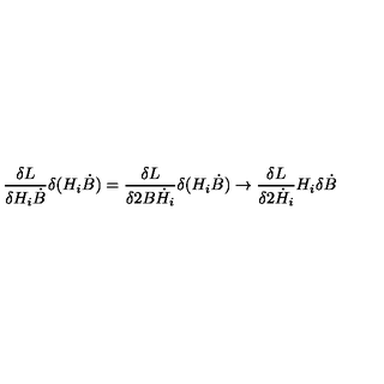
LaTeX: { \frac { \delta L } { \delta H _ { i } \dot { B } } } \delta ( H _ { i } \dot { B } ) = { \frac { \delta L } { \delta 2 B \dot { H } _ { i } } } \delta ( H _ { i } \dot { B } ) \to { \frac { \delta L } { \delta 2 \dot { H } _ { i } } } H _ { i } \delta \dot { B }